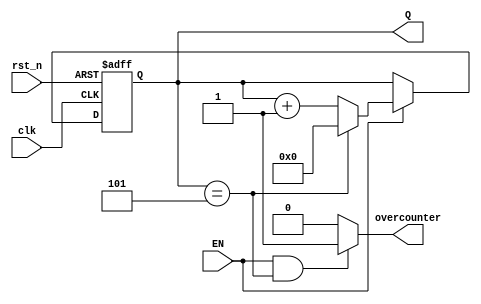
`timescale 1ns / 1ps
//////////////////////////////////////////////////////////////////////////////////
// Company: 
// Engineer: 
// 
// Design Name: 
// Module Name: counterTo6
// Project Name: 
// Target Devices: 
// Tool Versions: 
// Description: 
// 
// Dependencies: 
// 
// Revision:
// Revision 0.01 - File Created
// Additional Comments:
// 
//////////////////////////////////////////////////////////////////////////////////


module counterTo6(clk,rst_n,EN,overcounter,Q);
	input clk,rst_n;
	input EN;                //
	output overcounter;      //
	output reg [3:0] Q;      // 
        
    always @(posedge clk  or negedge rst_n)  //
              begin
                  if (!rst_n)       //
                    begin 
                     Q<=4'b0000;
                   end          //0
                  else if(EN==1)  
                    begin
                     if (Q==4'b0101)    //+15
                      begin 
                        Q<=4'b0000;      //0
                        end
                     else Q<=Q+4'b0001;       //1
                     end
              end
               //5overcounter1
              assign overcounter=((EN==1)&&(Q==5))?1'b1:1'b0;
endmodule